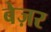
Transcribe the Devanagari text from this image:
बेज़र